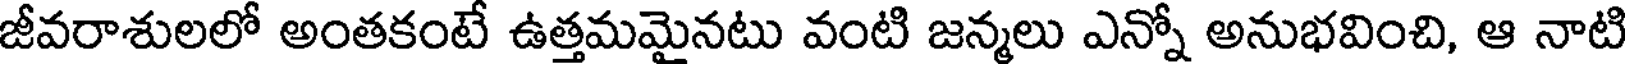
జీవరాశులలో అంతకంటే ఉత్తమమైనటు వంటి జన్మలు ఎన్నో అనుభవించి, ఆ నాటి